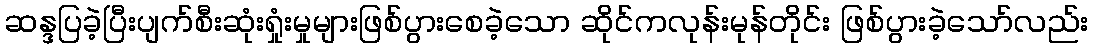
ဆန္ဒပြခဲ့ပြီးပျက်စီးဆုံးရှုံးမှုများဖြစ်ပွားစေခဲ့သော ဆိုင်ကလုန်းမုန်တိုင်း ဖြစ်ပွားခဲ့သော်လည်း